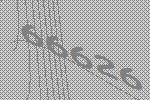
66626